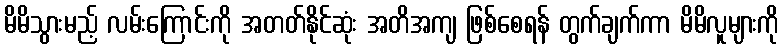
မိမိသွားမည့် လမ်းကြောင်းကို အတတ်နိုင်ဆုံး အတိအကျ ဖြစ်စေရန် တွက်ချက်ကာ မိမိလူများကို